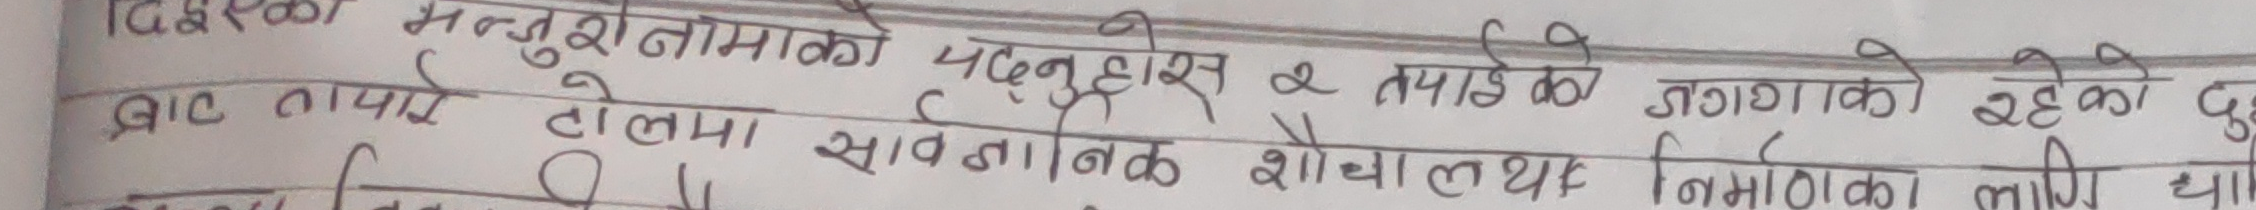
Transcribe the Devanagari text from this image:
दिइसको मन्जुषामाको पढ्नुहोस् २ तपाईको जगगामा रहेको दुई
बाट ठाउँ तालमा सार्वजनिक शौचालय निर्माणका लागि था